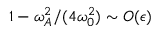
1 - \omega _ { A } ^ { 2 } / ( 4 \omega _ { 0 } ^ { 2 } ) \sim O ( \epsilon )